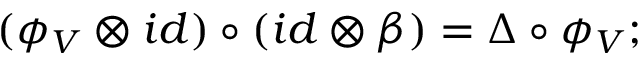
( \phi _ { V } \otimes i d ) \circ ( i d \otimes \beta ) = \Delta \circ \phi _ { V } ;